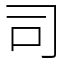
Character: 司